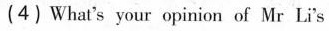
(4) What's your opinion of Mr Li's